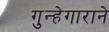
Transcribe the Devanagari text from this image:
गुन्हेगाराने